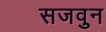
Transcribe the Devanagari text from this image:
सजवुन